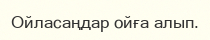
Ойласаңдар ойға алып.